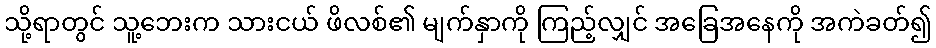
သို့ရာတွင် သူ့ဘေးက သားငယ် ဖိလစ်၏ မျက်နှာကို ကြည့်လျှင် အခြေအနေကို အကဲခတ်၍